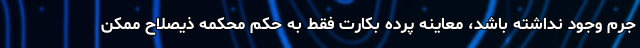
جرم وجود نداشته باشد، معاینه پرده بکارت فقط به حکم محکمه ذیصلاح ممکن